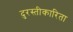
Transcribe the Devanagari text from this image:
दुरस्तीकारिता